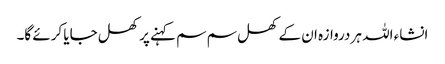
انشاء اللہ ہر دروازہ ان کے کھل سم سم کہنے پر کھل جایا کرئے گا۔